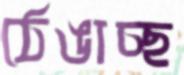
ঠেঙাচ্ছ